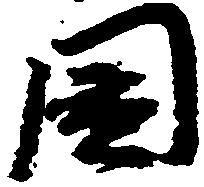
国